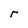
Character: r